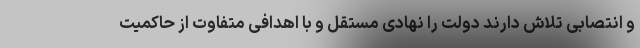
و انتصابی تلاش دارند دولت را نهادی مستقل و با اهدافی متفاوت از حاکمیت